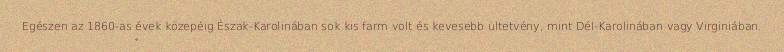
Egészen az 1860-as évek közepéig Észak-Karolinában sok kis farm volt és kevesebb ültetvény, mint Dél-Karolinában vagy Virginiában.